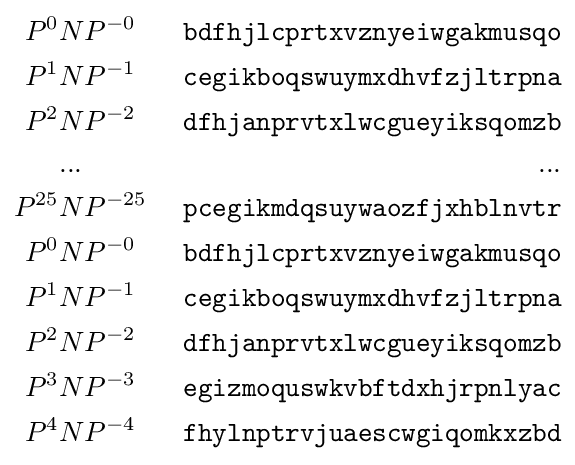
{\begin{aligned}P^{0}&NP^{-0}&\ {\texttt {bdfhjlcprtxvznyeiwgakmusqo}}\\P^{1}&NP^{-1}&\ {\texttt {cegikboqswuymxdhvfzjltrpna}}\\P^{2}&NP^{-2}&\ {\texttt {dfhjanprvtxlwcgueyiksqomzb}}\\&...&...\\P^{25}&NP^{-25}&\ {\texttt {pcegikmdqsuywaozfjxhblnvtr}}\\P^{0}&NP^{-0}&\ {\texttt {bdfhjlcprtxvznyeiwgakmusqo}}\\P^{1}&NP^{-1}&\ {\texttt {cegikboqswuymxdhvfzjltrpna}}\\P^{2}&NP^{-2}&\ {\texttt {dfhjanprvtxlwcgueyiksqomzb}}\\P^{3}&NP^{-3}&\ {\texttt {egizmoquswkvbftdxhjrpnlyac}}\\P^{4}&NP^{-4}&\ {\texttt {fhylnptrvjuaescwgiqomkxzbd}}\\\end{aligned}}